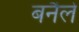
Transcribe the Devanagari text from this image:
बनैले